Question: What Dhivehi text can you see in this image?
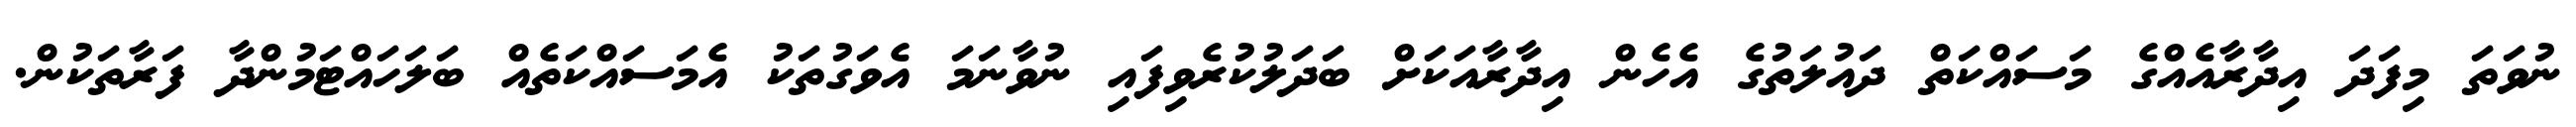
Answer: ނުވަތަ މިފަދަ އިދާރާއެއްގެ މަސައްކަތް ދައުލަތުގެ އެހެން އިދާރާއަކަށް ބަދަލުކުރެވިފައި ނުވާނަމަ އެވަގުތަކު އެމަސައްކަތެއް ބަލަހައްޓަމުންދާ ފަރާތަކުން.